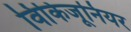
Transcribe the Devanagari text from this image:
विकिजूनियर